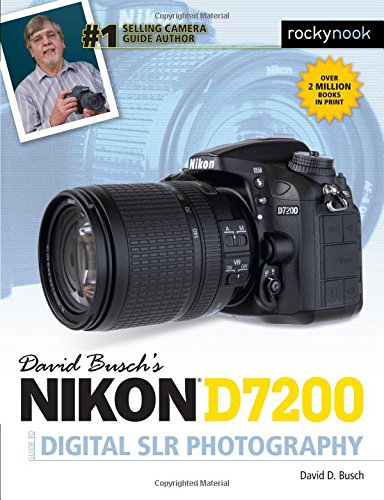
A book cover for David Busch's Nikon D7200 Guide to Digital SLR Photography; David D. Busch; Arts & Photography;